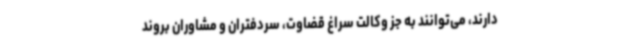
دارند، می‌توانند به جز وکالت سراغ قضاوت، سردفتران و مشاوران بروند